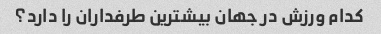
کدام ورزش در جهان بیشترین طرفداران را دارد؟